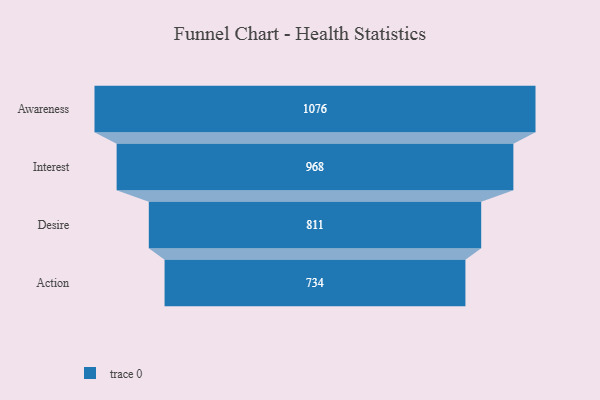
{"axis": {"x": "Stage", "y": "Value"}, "legend": [""], "data": [{"x": "Awareness", "y": 1076.0, "type": ""}, {"x": "Interest", "y": 968.0, "type": ""}, {"x": "Desire", "y": 811.0, "type": ""}, {"x": "Action", "y": 734.0, "type": ""}]}